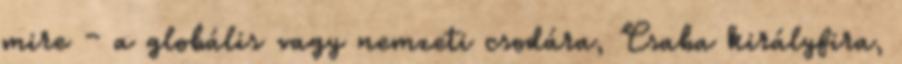
mire – a globális vagy nemzeti csodára, Csaba királyfira,